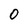
Character: 0